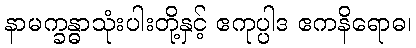
နာမက္ခန္ဓာသုံးပါးတို့နှင့် ဧကုပ္ပါဒ ဧကနိရောဓ၊